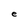
Character: e